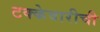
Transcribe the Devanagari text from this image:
टक्केवारीची